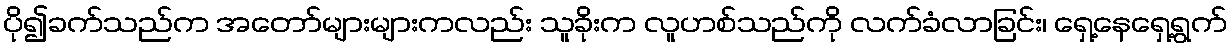
ပို၍ခက်သည်က အတော်များများကလည်း သူခိုးက လူဟစ်သည်ကို လက်ခံလာခြင်း၊ ရှေ့နေရှေ့ရွက်